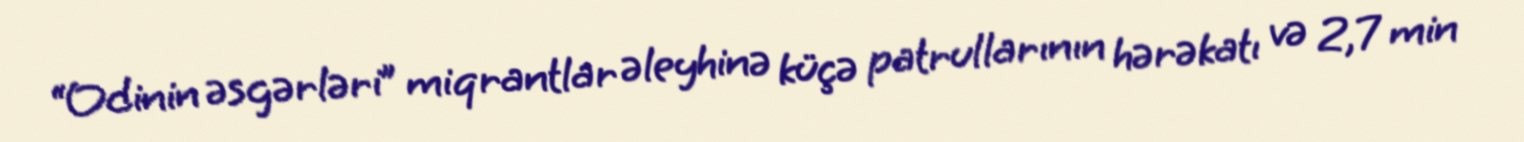
“Odinin əsgərləri” miqrantlar əleyhinə küçə patrullarının hərəkatı və 2,7 min